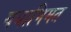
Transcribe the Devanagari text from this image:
यथाभिमत